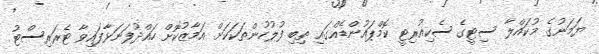
ޔަމަނުގެ މުކައްލާ ސިޓީގެ ސެކިއުރިޓީ ކޮމްޕައުންޑެއްގައި ތިބި ފުލުހުންތަކަކަށް އަމާޒުކޮށް ހައްދުފަނަޅާފައިވާ ޓެރަރިސްޓު